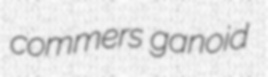
commers ganoid